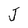
Character: J